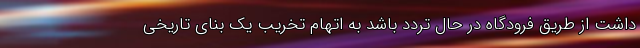
داشت از طریق فرودگاه در حال تردد باشد به اتهام تخریب یک بنای تاریخی